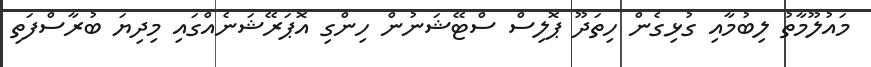
މައުލޫމާތު ލިބުމާއި ގުޅިގެން ހިތަދޫ ޕޮލިސް ސްޓޭޝަނުން ހިންގި އޮޕަރޭޝަނެއްގައި މިދިޔަ ބުރާސްފަތި